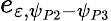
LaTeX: e_{\varepsilon,\psi_{P2}-\psi_{P3}}